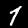
Digit: 7